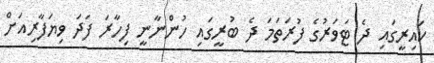
ކައިރީގައި ދެ ޓަވަރުގެ ފުރަތަމަ ދެ ބުރީގައި ހުންނާނީ ފިހާރަ ފަދަ ވިޔަފާރިއަށް